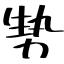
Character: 㔟